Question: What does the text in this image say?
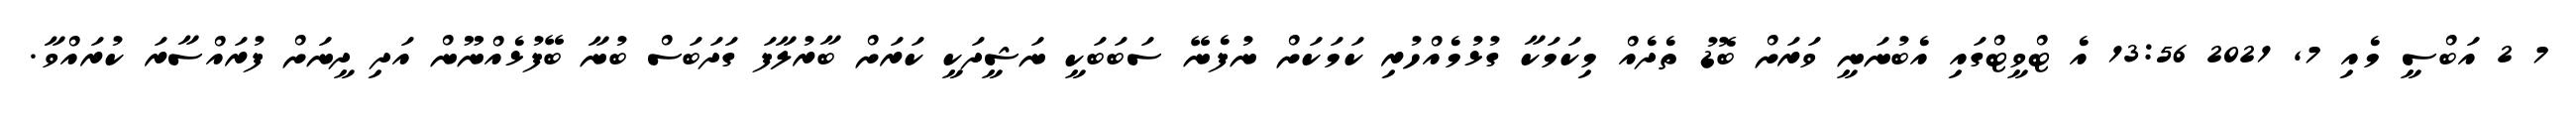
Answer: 7 2 އަބްސީ މެއި 7, 2021 13:56 އެ ޓްވީޓްގައި އެބުނަނީ ވަރަށް ބޮޑު ތެދެއް މިކަމަކާ ގުޅުމެއްހުރި ކަމަކަށް ނުފެނޭ ސަބަބަކީ ނަޝީދަކީ ކަރަށް ބާރުލާފަ ގަދަބަސް ބުނާ ބޭފުޅެއްނޫން އަދި ދީނަށް ފުރައްސާރަ ކުރައްވާ.